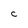
Character: C